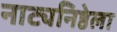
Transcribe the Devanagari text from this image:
नाट्यनिष्ठेला